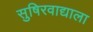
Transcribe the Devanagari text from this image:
सुषिरवाद्याला